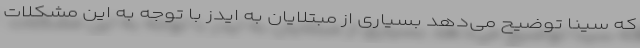
که سینا توضیح می‌دهد بسیاری از مبتلایان به ایدز با توجه به این مشکلات